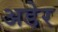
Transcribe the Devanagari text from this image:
अडेर